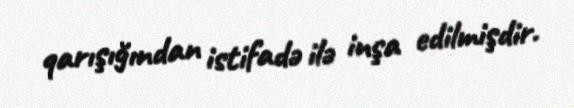
qarışığından istifadə ilə inşa edilmişdir.